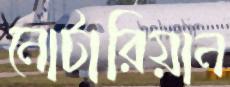
নোটারিয়ান